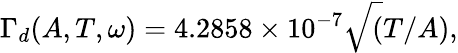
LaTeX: \Gamma_{d}(A,T,\omega)=4.2858\times 10^{-7}\sqrt(T/A),